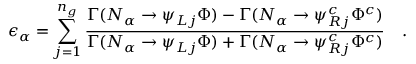
\epsilon _ { \alpha } = \sum _ { j = 1 } ^ { n _ { g } } \frac { \Gamma ( N _ { \alpha } \rightarrow \psi _ { L j } \Phi ) - \Gamma ( N _ { \alpha } \rightarrow \psi _ { R j } ^ { c } \Phi ^ { c } ) } { \Gamma ( N _ { \alpha } \rightarrow \psi _ { L j } \Phi ) + \Gamma ( N _ { \alpha } \rightarrow \psi _ { R j } ^ { c } \Phi ^ { c } ) } ~ ~ ~ .